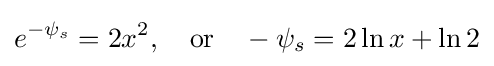
e^{-\psi _{s}}=2x^{2},\quad {\text{or}}\quad -\psi _{s}=2\ln x+\ln 2